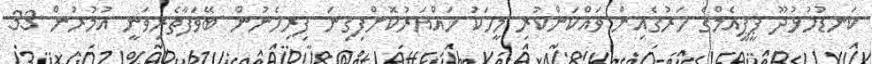
ކަނޑުހުޅުދޫ ޕީޕީއެމްގެ ހަރުގެއިން ވައްކަންކުރި މީހަކު ހައްޔަރުކޮށްފިގިނަ ފިރިހެނުން ބޭވަފާތެރިވަނީ އުމުރުން 33